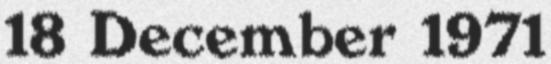
18 December 1971